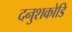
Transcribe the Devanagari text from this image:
दनुशकोडि